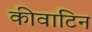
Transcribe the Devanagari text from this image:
कीवाटिन